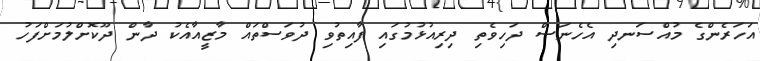
އަހަރެންގެ މުއްސަނދި އެހެނަސް ދަހިވެތި ދިރިއުޅުމުގައި ފާއިތުވި ދުވަސްތައް މާޒީއާއެކު ދާން ދޫކޮށްލުމަށްފަހު